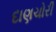
દાણચોરી